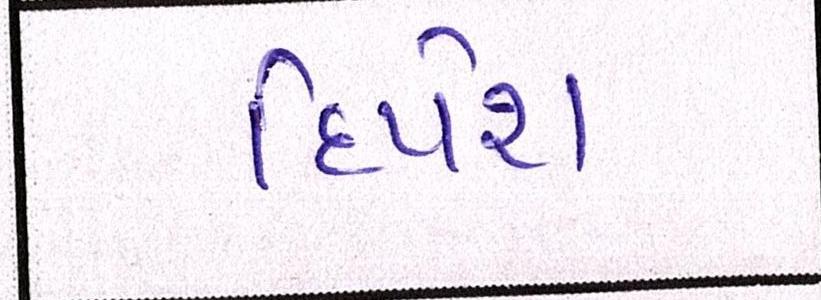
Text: દિપેશ